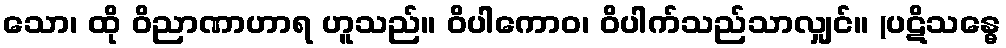
သော၊ ထို ဝိညာဏာဟာရ ဟူသည်။ ဝိပါကောဝ၊ ဝိပါက်သည်သာလျှင်။ (ပဋိသန္ဓေ